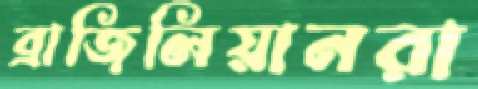
ব্রাজিলিয়ানরা